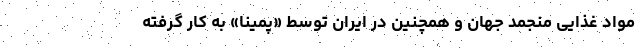
مواد غذایی منجمد جهان و همچنین در ایران توسط «پمینا» به کار گرفته